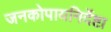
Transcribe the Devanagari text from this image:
जनकोपायनिर्देष्टा